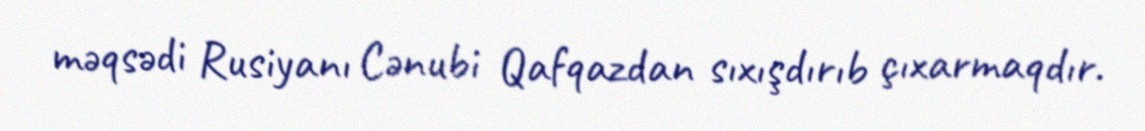
məqsədi Rusiyanı Cənubi Qafqazdan sıxışdırıb çıxarmaqdır.